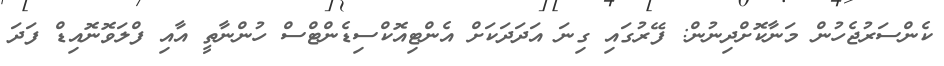
ކެންސަރުޖެހުން މަނާކޮށްދިނުން: ފޭރުގައި ގިނަ އަދަދަކަށް އެންޓިއޮކްސިޑެންޓްސް ހުންނާތީ އާއި ފްލަވޮނޮއިޑް ފަދަ